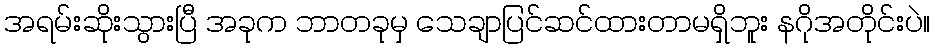
အရမ်းဆိုးသွားပြီ အခုက ဘာတခုမှ သေချာပြင်ဆင်ထားတာမရှိဘူး နဂိုအတိုင်းပဲ။